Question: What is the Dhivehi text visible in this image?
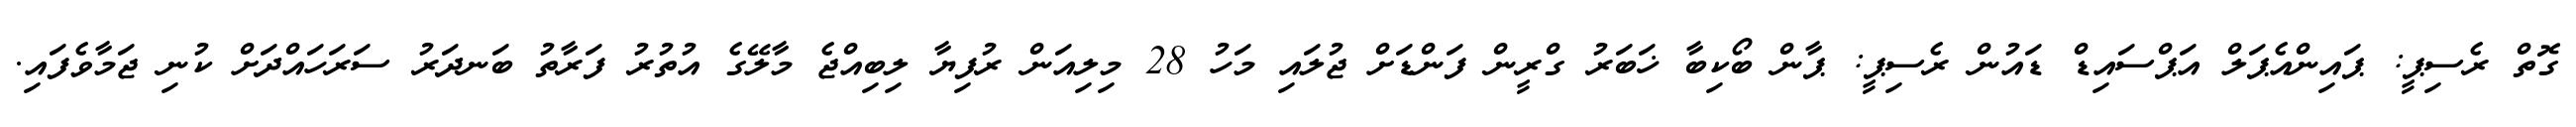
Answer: ގޮތް ރެސިޕީ: ޕައިންއެޕަލް އަޕްސައިޑް ޑައުން ރެސިޕީ: ޕާން ބޯކިބާ ޚަބަރު ގްރީން ފަންޑަށް ޖުލައި މަހު 28 މިލިއަން ރުފިޔާ ލިބިއްޖެ މާލޭގެ އުތުރު ފަރާތު ބަނދަރު ސަރަހައްދަށް ކުނި ޖަމާވެފައި.